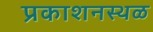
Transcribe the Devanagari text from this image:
प्रकाशनस्थळ